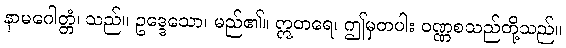
နာမဂေါတ္တံ၊ သည်။ ဥဒ္ဒေသော၊ မည်၏။ ဣတရေ၊ ဤမှတပါး ဝဏ္ဏစသည်တို့သည်။